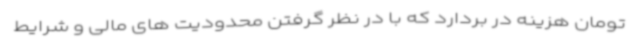
تومان هزینه در بردارد که با در نظر گرفتن محدودیت های مالی و شرایط